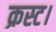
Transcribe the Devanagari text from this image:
क्रस्ट।